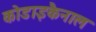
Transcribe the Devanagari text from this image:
कोडाइकैनाल